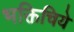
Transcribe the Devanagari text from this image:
भक्तिचिये